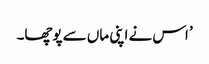
’ اس نے اپنی ماں سے پوچھا۔